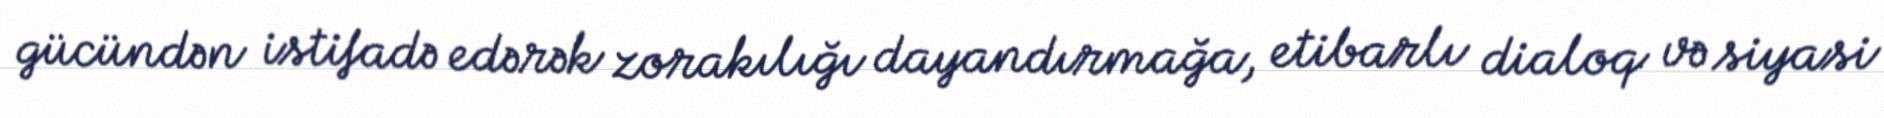
gücündən istifadə edərək zorakılığı dayandırmağa, etibarlı dialoq və siyasi